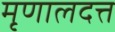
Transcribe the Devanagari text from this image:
मृणालदत्त